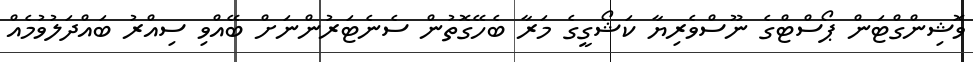
ވޮޝިންގްޓަން ޕޯސްޓްގެ ނޫސްވެރިޔާ ކަޝޯގީގެ މަރާ ބެހޭގޮތުން ސެނެޓަރުންނަށް ބޭއްވި ސިއްރު ބައްދަލުވުމެއް